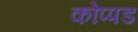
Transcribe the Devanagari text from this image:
कोप्पड